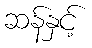
ဆန်နှင့်